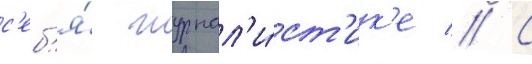
с'еб'я́ журнал'и́ст'ик'е // С